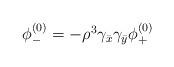
LaTeX: \begin{align*}\begin{array}{c}\phi_-^{(0)}=-\rho^3\gamma_{\bar{x}}\gamma_{\bar{y}}\phi_+^{(0)}\end{array}\end{align*}